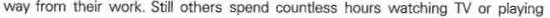
way from their work. Still others spend countless hours watching TV or playing